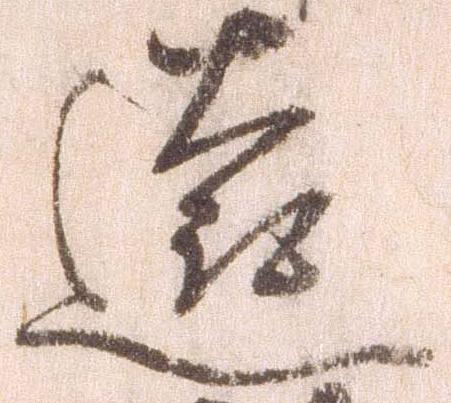
遠